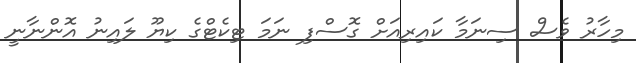
މިހާރު ވެސް ސިނަމާ ކައިރިއަށް ގޮސްފި ނަމަ ޓިކެޓްގެ ކިޔޫ ލައިނު އޮންނާނީ